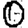
Digit: 0